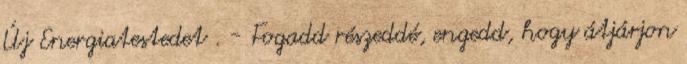
Új Energiatestedet . - Fogadd részeddé, engedd, hogy átjárjon